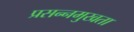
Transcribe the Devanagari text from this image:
प्रसन्नमुखता